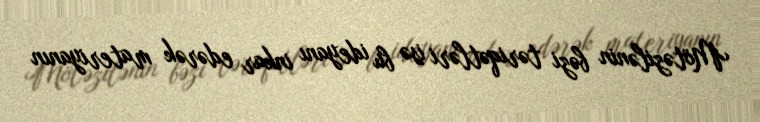
Mötəzilənin bəzi təriqətləri isə bu ideyanı inkar edərək materiyanın